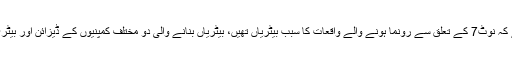
کمپنی کے مطابق وہ اس نتیجے پر پہنچی ہے کہ نوٹ7 کے تعلق سے رونما ہونے والے واقعات کا سبب بیٹریاں تھیں، بیٹریاں بنانے والی دو مختلف کمپنیوں کے ڈیزائن اور بیٹری بنانے کے طریقے دونوں میں نقائص تھے۔